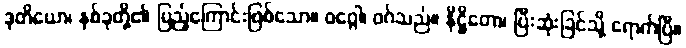
ဒုတိယော၊ နှစ်ခုတို့၏ ပြည့်ကြောင်းဖြစ်သော။ ဝဂ္ဂေါ၊ ဝဂ်သည်။ နိဋ္ဌိတော၊ ပြီးဆုံးခြင်သို့ ရောက်ပြီ။